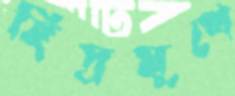
ছিদ্রমুখে